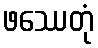
ဖဿေတုံ